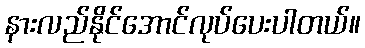
နားလည်နိုင်အောင်လုပ်ပေးပါတယ်။